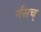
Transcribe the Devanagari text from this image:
र्गसच्